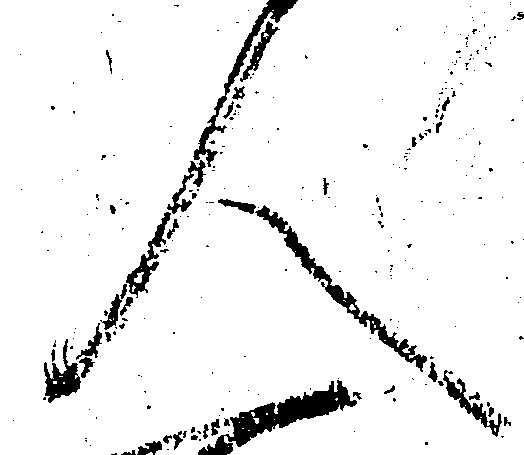
人